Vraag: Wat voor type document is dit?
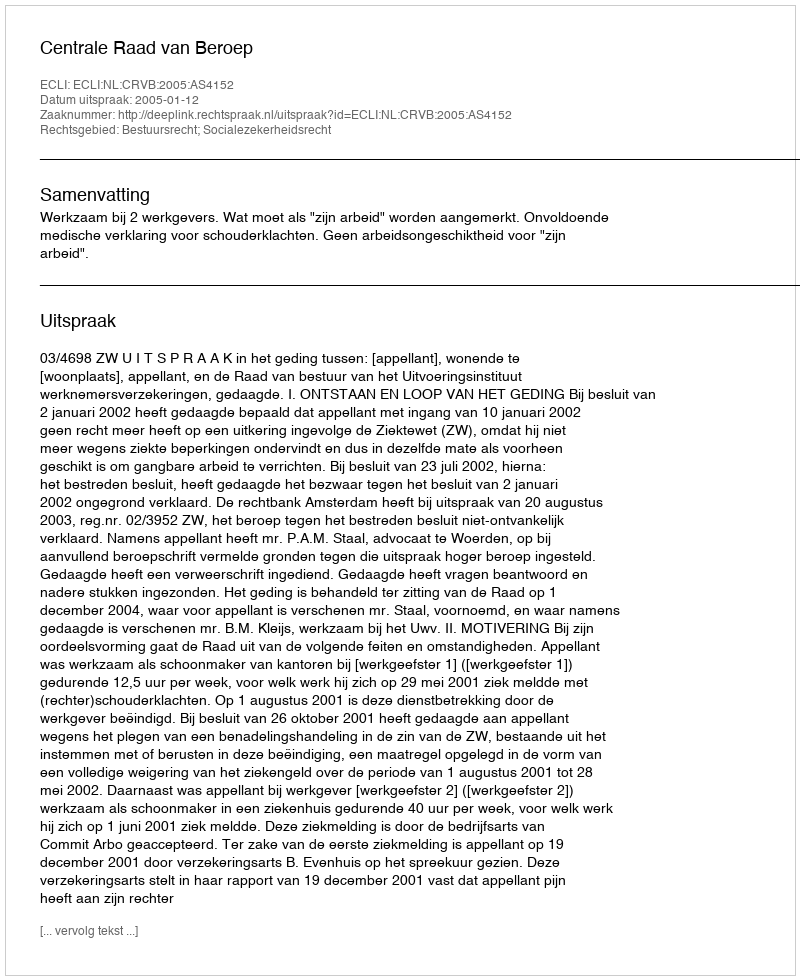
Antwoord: Uitspraak